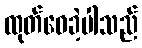
ထုတ်ဝေခဲ့ပါသည်